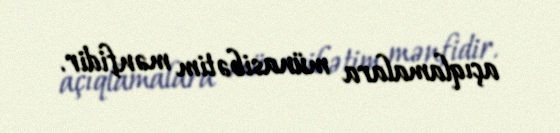
açıqlamalara münasibətim mənfidir.